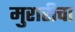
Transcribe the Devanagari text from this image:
मुरारीचा